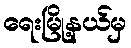
ရေးမြို့နယ်မှ